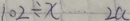
1 0 2 \div x \cdots 2 a